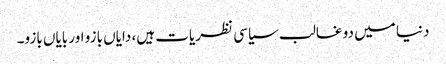
دنیا میں دو غالب سیاسی نظریات ہیں، دایاں بازو اور بایاں بازو۔